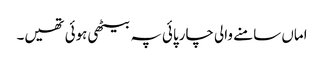
اماں سامنے والی چارپائی پہ بیٹھی ہوئی تھیں۔